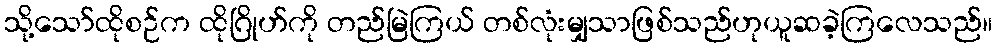
သို့သော်ထိုစဉ်က ထိုဂြိုဟ်ကို တည်မြဲကြယ် တစ်လုံးမျှသာဖြစ်သည်ဟုယူဆခဲ့ကြလေသည်။